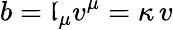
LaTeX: b=\mathfrak{l}_{\mu}v^{\mu}=\kappa\, v